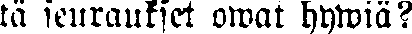
tä seuraukset owat hywiä?